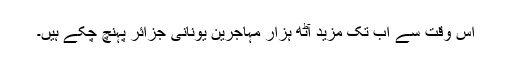
اس وقت سے اب تک ‌مزید آٹھ ہزار مہاجرين يونانی جزائر پہنچ چکے ہيں۔